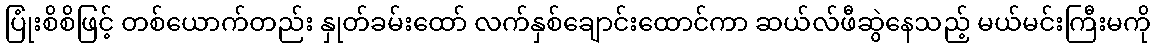
ပြုံးစိစိဖြင့် တစ်ယောက်တည်း နှုတ်ခမ်းထော် လက်နှစ်ချောင်းထောင်ကာ ဆယ်လ်ဖီဆွဲနေသည့် မယ်မင်းကြီးမကို